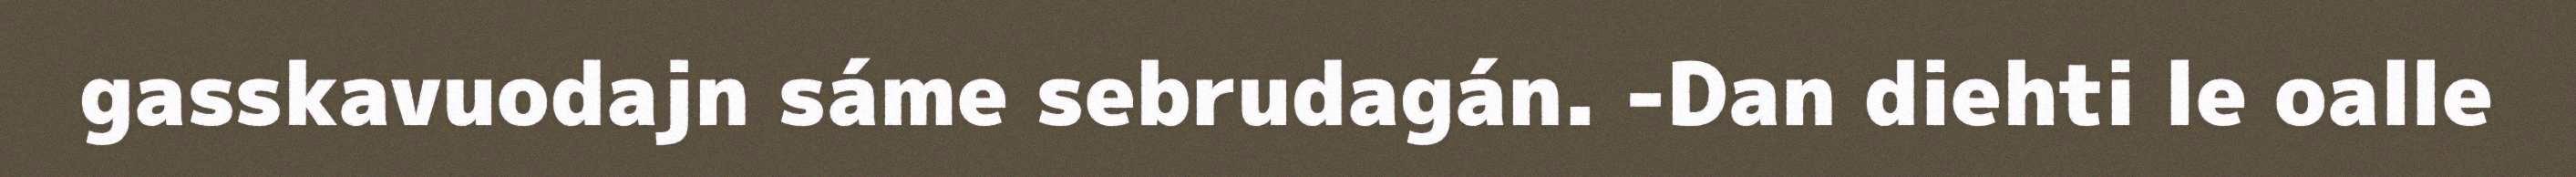
gasskavuodajn sáme sebrudagán. -Dan diehti le oalle